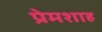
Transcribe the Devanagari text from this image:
प्रेमशाह